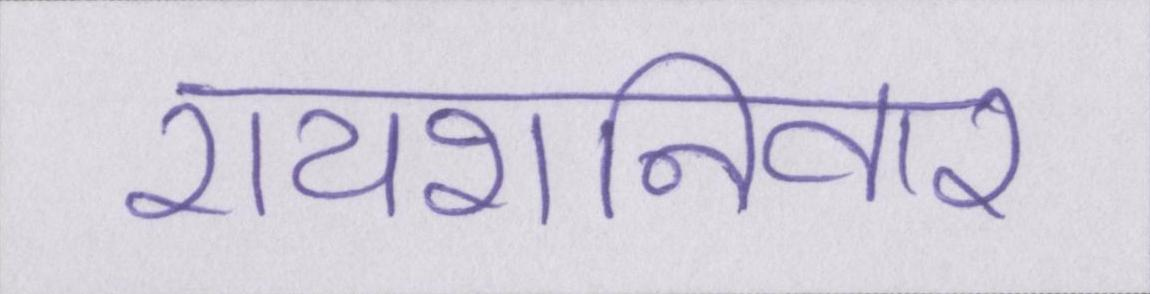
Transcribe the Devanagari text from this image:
रायशनिवार